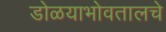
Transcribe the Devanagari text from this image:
डोळयाभोवतालचे